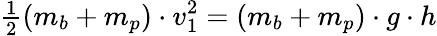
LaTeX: {\begin{array}{l}{{\frac{1}{2}}}\end{array}}(m_{b}+m_{p})\cdot v_{1}^{2}=(m_{b}+m_{p})\cdot g\cdot h